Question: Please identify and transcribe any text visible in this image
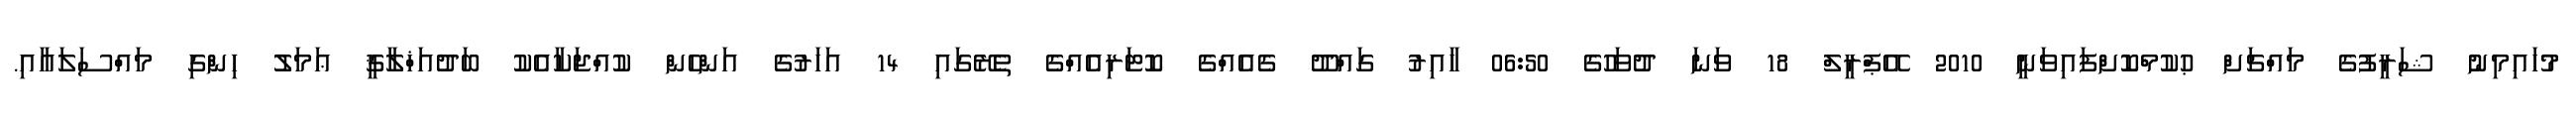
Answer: މުހައިމިނު ޝަރީފުގެ މައްޗަށް ޙުކުމްކޮށްފައިވަނީ 2010 އޭޕްރީލް 18 ވަނަ ދުވަހުގެ 06:50 ހާއިރު ގައްދޫ ގެއެއްގެ ކޮޓަރިއެއްގެ ތެރޭގައި 14 އަހަރުގެ އަންހެން ކުއްޖަކާއެކު ބަދުއަޚްލާޤީ ޢަމަލު ހިންގި މައްސަލައާއި.